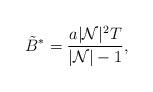
LaTeX: \begin{align*}\tilde{B}^*=\frac{a|\mathcal{N}|^2T}{|\mathcal{N}|-1},\end{align*}